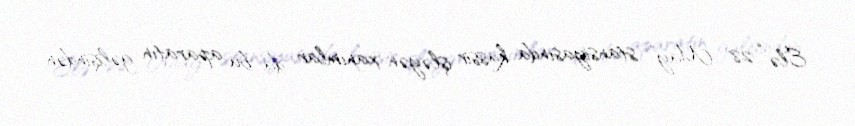
Elə “28 May” stansiyasında kassir işləyən xanımlar da bu aparatın gəlişindən